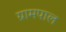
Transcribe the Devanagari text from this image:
ग्रामपाल